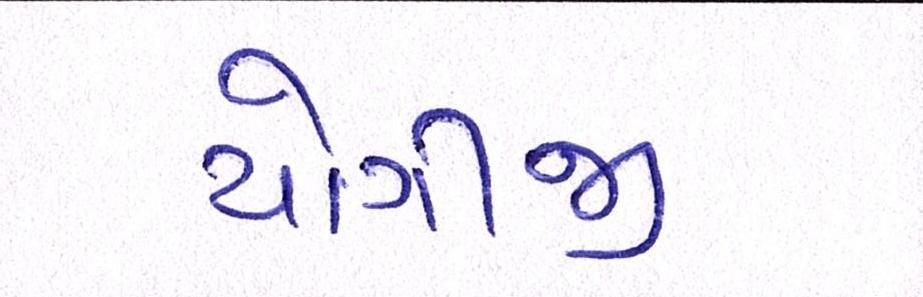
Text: યોગીજી